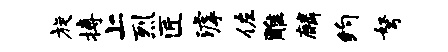
旋搏上烈匠滹佐雕麟约弩